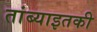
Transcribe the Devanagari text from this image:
तांब्याइतकी